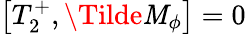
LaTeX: \left[T_{2}^{+},\Tilde{\mathit{M}}_{\phi}\right]=0